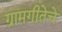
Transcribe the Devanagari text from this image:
ग्रामगीतेचे